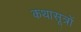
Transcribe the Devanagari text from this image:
कथासूत्रों